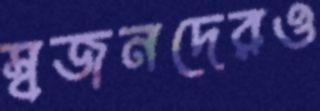
স্বজনদেরও